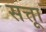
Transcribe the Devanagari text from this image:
सत्ताू